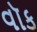
વૉક